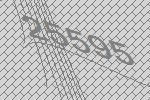
25595